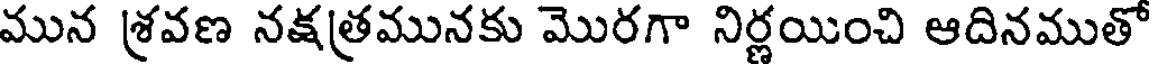
మున శ్రవణ నక్షత్రమునకు మొరగా నిర్ణయించి ఆదినముతో